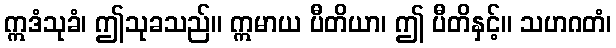
ဣဒံသုခံ၊ ဤသုခသည်။ ဣမာယ ပီတိယာ၊ ဤ ပီတိနှင့်။ သဟဂတံ၊